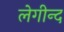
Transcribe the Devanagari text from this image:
लेगीन्द